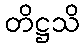
တိဋ္ဌသိ